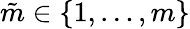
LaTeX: \tilde{m}\in\{ 1,\ldots,m\}